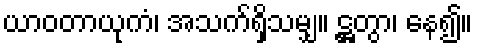
ယာဝတာယုကံ၊ အသက်ရှိသမျှ။ ဋ္ဌတွာ၊ နေ၍။